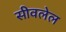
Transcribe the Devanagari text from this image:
सीवलेल